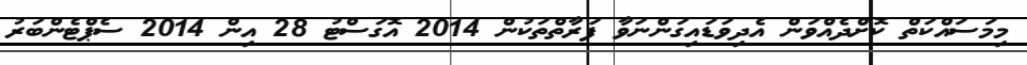
މިމަސައްކަތް ކޮށްދެއްވަން އެދިވަޑައިގަންނަވާ ފަރާތްތަކުން 2014 އޮގަސްޓު 28 އިން 2014 ސެޕްޓެންބަރު